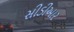
સીડીઆર